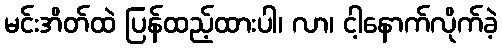
မင်းအိတ်ထဲ ပြန်ထည့်ထားပါ၊ လာ၊ ငါ့နောက်လိုက်ခဲ့